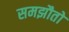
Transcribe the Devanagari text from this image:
समझौतो